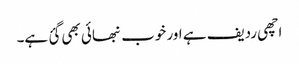
اچھی ردیف ہے اور خوب نبھائی بھی گئ ہے۔